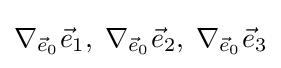
\nabla _{{\vec {e}}_{0}}{\vec {e}}_{1},\;\nabla _{{\vec {e}}_{0}}{\vec {e}}_{2},\;\nabla _{{\vec {e}}_{0}}{\vec {e}}_{3}